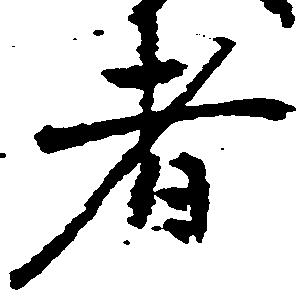
者